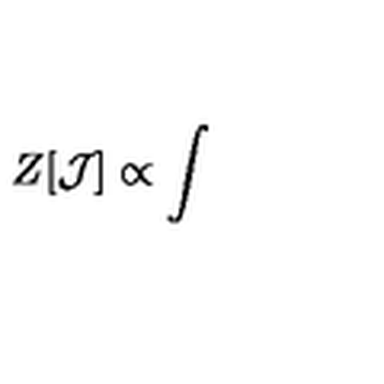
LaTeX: Z [ \mathcal { J } ] \propto \int